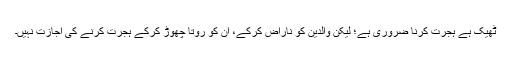
ٹھیک ہے ہجرت کرنا ضروری ہے؛ لیکن والدین کو ناراض کرکے، ان کو روتا چھوڑ کرکے ہجرت کرنے کی اجازت نہیں۔